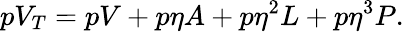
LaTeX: pV_{T}=pV+p\eta A+p\eta^{2}L+p\eta^{3}P.